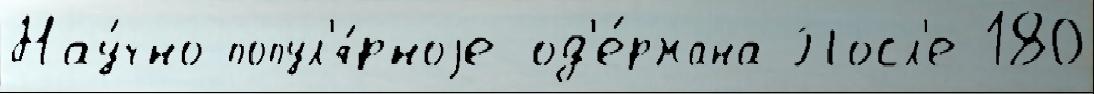
Нау́чно-попул'я́рноjе од'е́ржана Посл'е 180